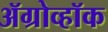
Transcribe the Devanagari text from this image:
ॲग्रोव्हॉक